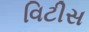
વિટીસ